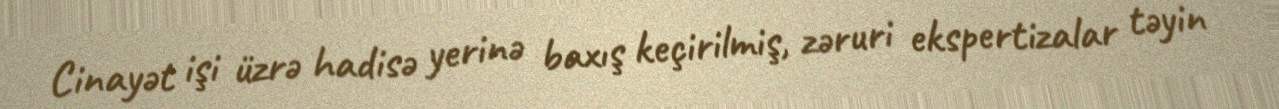
Cinayət işi üzrə hadisə yerinə baxış keçirilmiş, zəruri ekspertizalar təyin